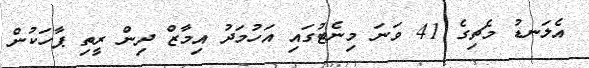
އެލަނޑު މެޗިގެ 41 ވަނަ މިނެޓުގައި އަހުމަދު އިމާޒް ދިން ރީތި ޕާހަކުން